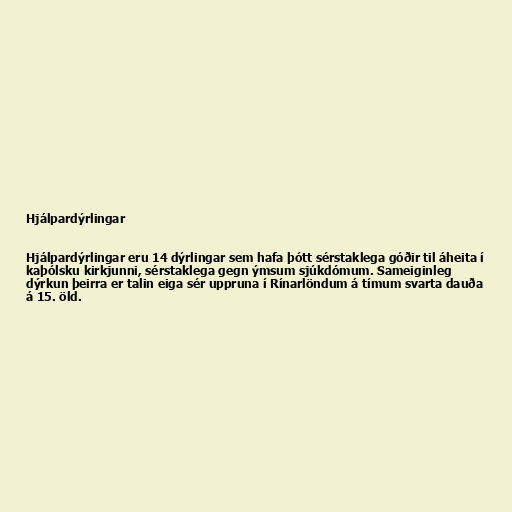
Hjálpardýrlingar

Hjálpardýrlingar eru 14 dýrlingar sem hafa þótt sérstaklega góðir til áheita í
kaþólsku kirkjunni, sérstaklega gegn ýmsum sjúkdómum. Sameiginleg
dýrkun þeirra er talin eiga sér uppruna í Rínarlöndum á tímum svarta dauða
á 15. öld.